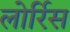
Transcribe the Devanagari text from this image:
लोर्रिस